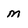
Character: m